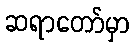
ဆရာတော်မှာ